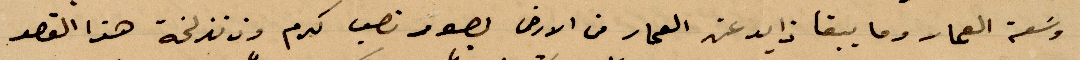
وسعة العمار وما يبقا ذايد عن العمار من الأرض بصور نصف كرم وذ نذلخة هذا القصر